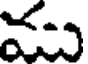
ము